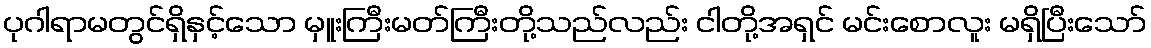
ပုဂါရာမတွင်ရှိနှင့်သော မှူးကြီးမတ်ကြီးတို့သည်လည်း ငါတို့အရှင် မင်းစောလူး မရှိပြီးသော်